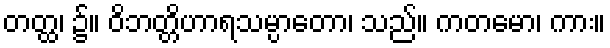
တတ္ထ၊ ၌။ ဝိဘတ္တိဟာရသမ္ပာတော၊ သည်။ ကတမော၊ ကား။